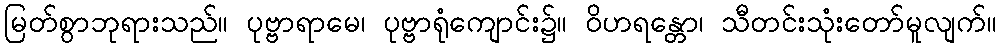
မြတ်စွာဘုရားသည်။ ပုဗ္ဗာရာမေ၊ ပုဗ္ဗာရုံကျောင်း၌။ ဝိဟရန္တော၊ သီတင်းသုံးတော်မူလျက်။